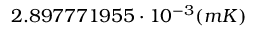
2 . 8 9 7 7 7 1 9 5 5 \cdot 1 0 ^ { - 3 } ( m K )